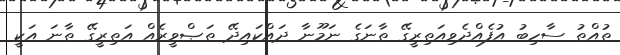
ތުއްތު ސާހިބު އުފެއްދެވިއަތިރީގޭ ތާނަގެ ނަމޫނާ ދައްކައިދޭ ތަޞްވީރެއް އަތިރީގޭ ތާނަ އަކީ